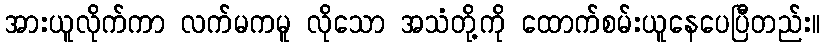
အားယူလိုက်ကာ လက်မကမူ လိုသော အသံတို့ကို ထောက်စမ်းယူနေပေပြီတည်း။